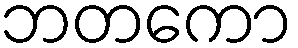
ဘတကော